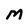
Character: M